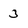
Character: 3